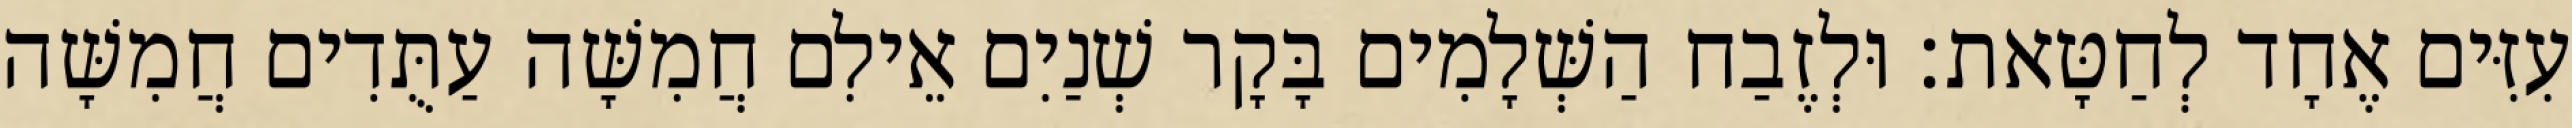
עִזִּים אֶחָד לְחַטָּאת׃ וּלְזֶבַח הַשְּׁלָמִים בָּקָר שְׁנַיִם אֵילִם חֲמִשָּׁה עַתֻּדִים חֲמִשָּׁה